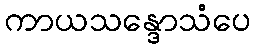
ကာယသန္ဒောသံပေ